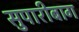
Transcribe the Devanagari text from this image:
सुपारीबाग